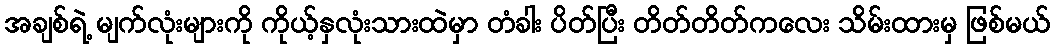
အချစ်ရဲ့ မျက်လုံးများကို ကိုယ့်နှလုံးသားထဲမှာ တံခါး ပိတ်ပြီး တိတ်တိတ်ကလေး သိမ်းထားမှ ဖြစ်မယ်